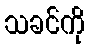
သခင်ကို